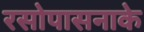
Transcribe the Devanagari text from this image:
रसोपासनाके